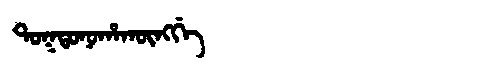
Manchu: ᡨᠣᡴᡨᠣᠨᠣᡥᠠᡴᡡᠩᡤᡝ
Romanization: TOKTONOHAKŪNGGE